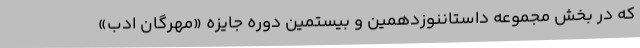
که در بخش مجموعه داستاننوزدهمین و بیستمین دوره جایزه «مهرگان ادب»